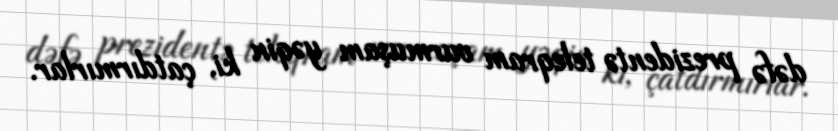
dəfə prezidentə teleqram vurmuşam yəqin ki, çatdırmırlar.